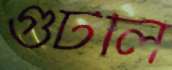
গুটলি